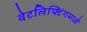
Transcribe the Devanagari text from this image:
वेटलिफ्टिंगमध्ये